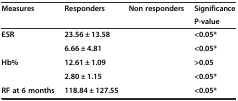
<table><thead><tr><td rowspan="2"><b>Measures</b></td><td rowspan="2"><b>Responders</b></td><td rowspan="2"><b>Non responders</b></td><td><b>Significance</b></td></tr><tr><td><b>P-value</b></td></tr></thead><tbody><tr><td><b>ESR</b></td><td><b>23.56 ± 13.58</b></td><td>[EMPTY_CELL]</td><td><b>&lt;0.05*</b></td></tr><tr><td>[EMPTY_CELL]</td><td><b>6.66 ± 4.81</b></td><td>[EMPTY_CELL]</td><td><b>&lt;0.05*</b></td></tr><tr><td><b>Hb%</b></td><td><b>12.61 ± 1.09</b></td><td>[EMPTY_CELL]</td><td><b>&gt;0.05</b></td></tr><tr><td>[EMPTY_CELL]</td><td><b>2.80 ± 1.15</b></td><td>[EMPTY_CELL]</td><td><b>&lt;0.05*</b></td></tr><tr><td><b>RF at 6 months</b></td><td><b>118.84 ± 127.55</b></td><td>[EMPTY_CELL]</td><td><b>&lt;0.05*</b></td></tr></tbody></table>